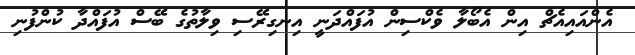
އެންއައިއެޗް އިން އެބޯލާ ވެކްސިން އުފައްދަނީ އިނގިރޭސި ވިލާތުގެ ބޭސް އުފައްދާ ކުންފުނި